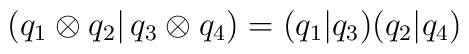
(q_{1}\otimes q_{2}\vert \, q_{3}\otimes q_{4} ) = (q_{1}\vert q_{3} )(q_{2}\vert q_{4} )